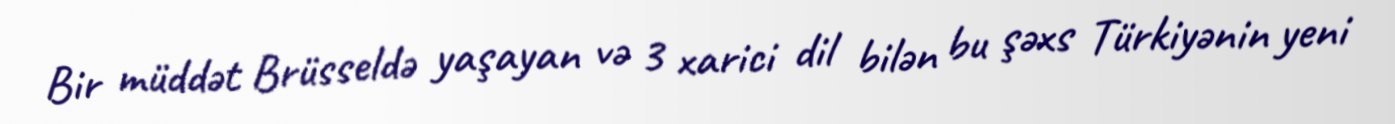
Bir müddət Brüsseldə yaşayan və 3 xarici dil bilən bu şəxs Türkiyənin yeni